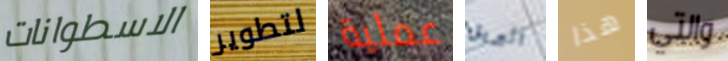
الاسطوانات لتطوير عملية البريق هذا والتي